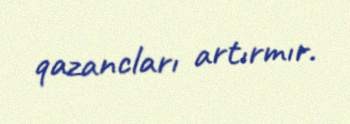
qazancları artırmır.